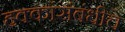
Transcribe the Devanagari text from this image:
हक्कांसंबंधीचे